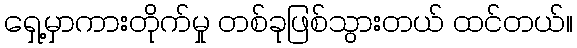
ရှေ့မှာကားတိုက်မှု တစ်ခုဖြစ်သွားတယ် ထင်တယ်။